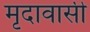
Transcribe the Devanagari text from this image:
मृदावासी